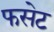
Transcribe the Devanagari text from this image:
फसेट